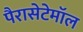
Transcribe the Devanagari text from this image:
पैरासेटेमॉल